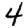
Digit: 4